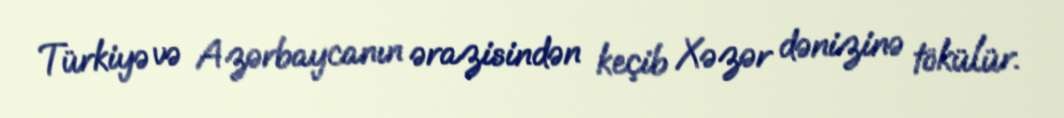
Türkiyə və Azərbaycanın ərazisindən keçib Xəzər dənizinə tökülür.